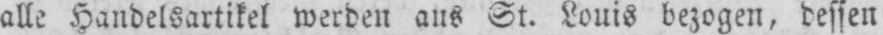
alle Handelsartikel werden aus St. Louis bezogen, dessen